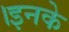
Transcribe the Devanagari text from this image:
।इनके